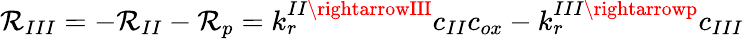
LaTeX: \mathcal{R}_{III}=-\mathcal{R}_{II}-\mathcal{R}_{p}=k_{r}^{II\rightarrowIII}c_{II}c_{ox}-k_{r}^{III\rightarrowp}c_{III}